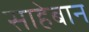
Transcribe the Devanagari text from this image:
साहेबान